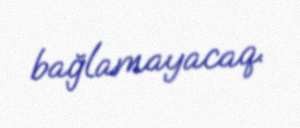
bağlamayacaq.